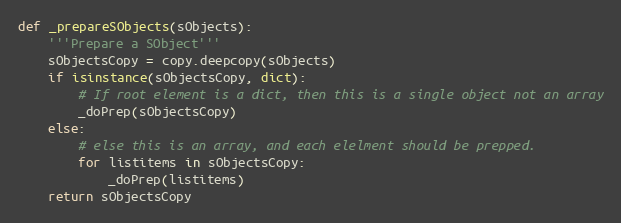
Language: Python
def _prepareSObjects(sObjects):
    '''Prepare a SObject'''
    sObjectsCopy = copy.deepcopy(sObjects)
    if isinstance(sObjectsCopy, dict):
        # If root element is a dict, then this is a single object not an array
        _doPrep(sObjectsCopy)
    else:
        # else this is an array, and each elelment should be prepped.
        for listitems in sObjectsCopy:
            _doPrep(listitems)
    return sObjectsCopy